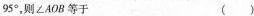
95°，则∠AOB等于 ( )